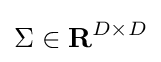
\Sigma \in {\mathcal {\textbf {R}}}^{D\times D}